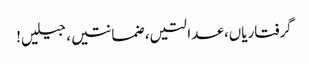
گرفتاریاں، عدالتیں، ضمانتیں، جیلیں!